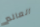
العالم